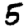
Digit: 5